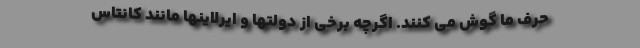
حرف ما گوش می کنند. اگرچه برخی از دولتها و ایرلاینها مانند کانتاس